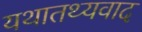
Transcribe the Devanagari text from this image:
यथातथ्यवाद